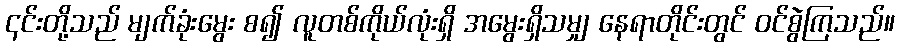
၎င်းတို့သည် မျက်ခုံးမွေး စ၍ လူတစ်ကိုယ်လုံးရှိ အမွေးရှိသမျှ နေရာတိုင်းတွင် ဝင်စွဲကြသည်။